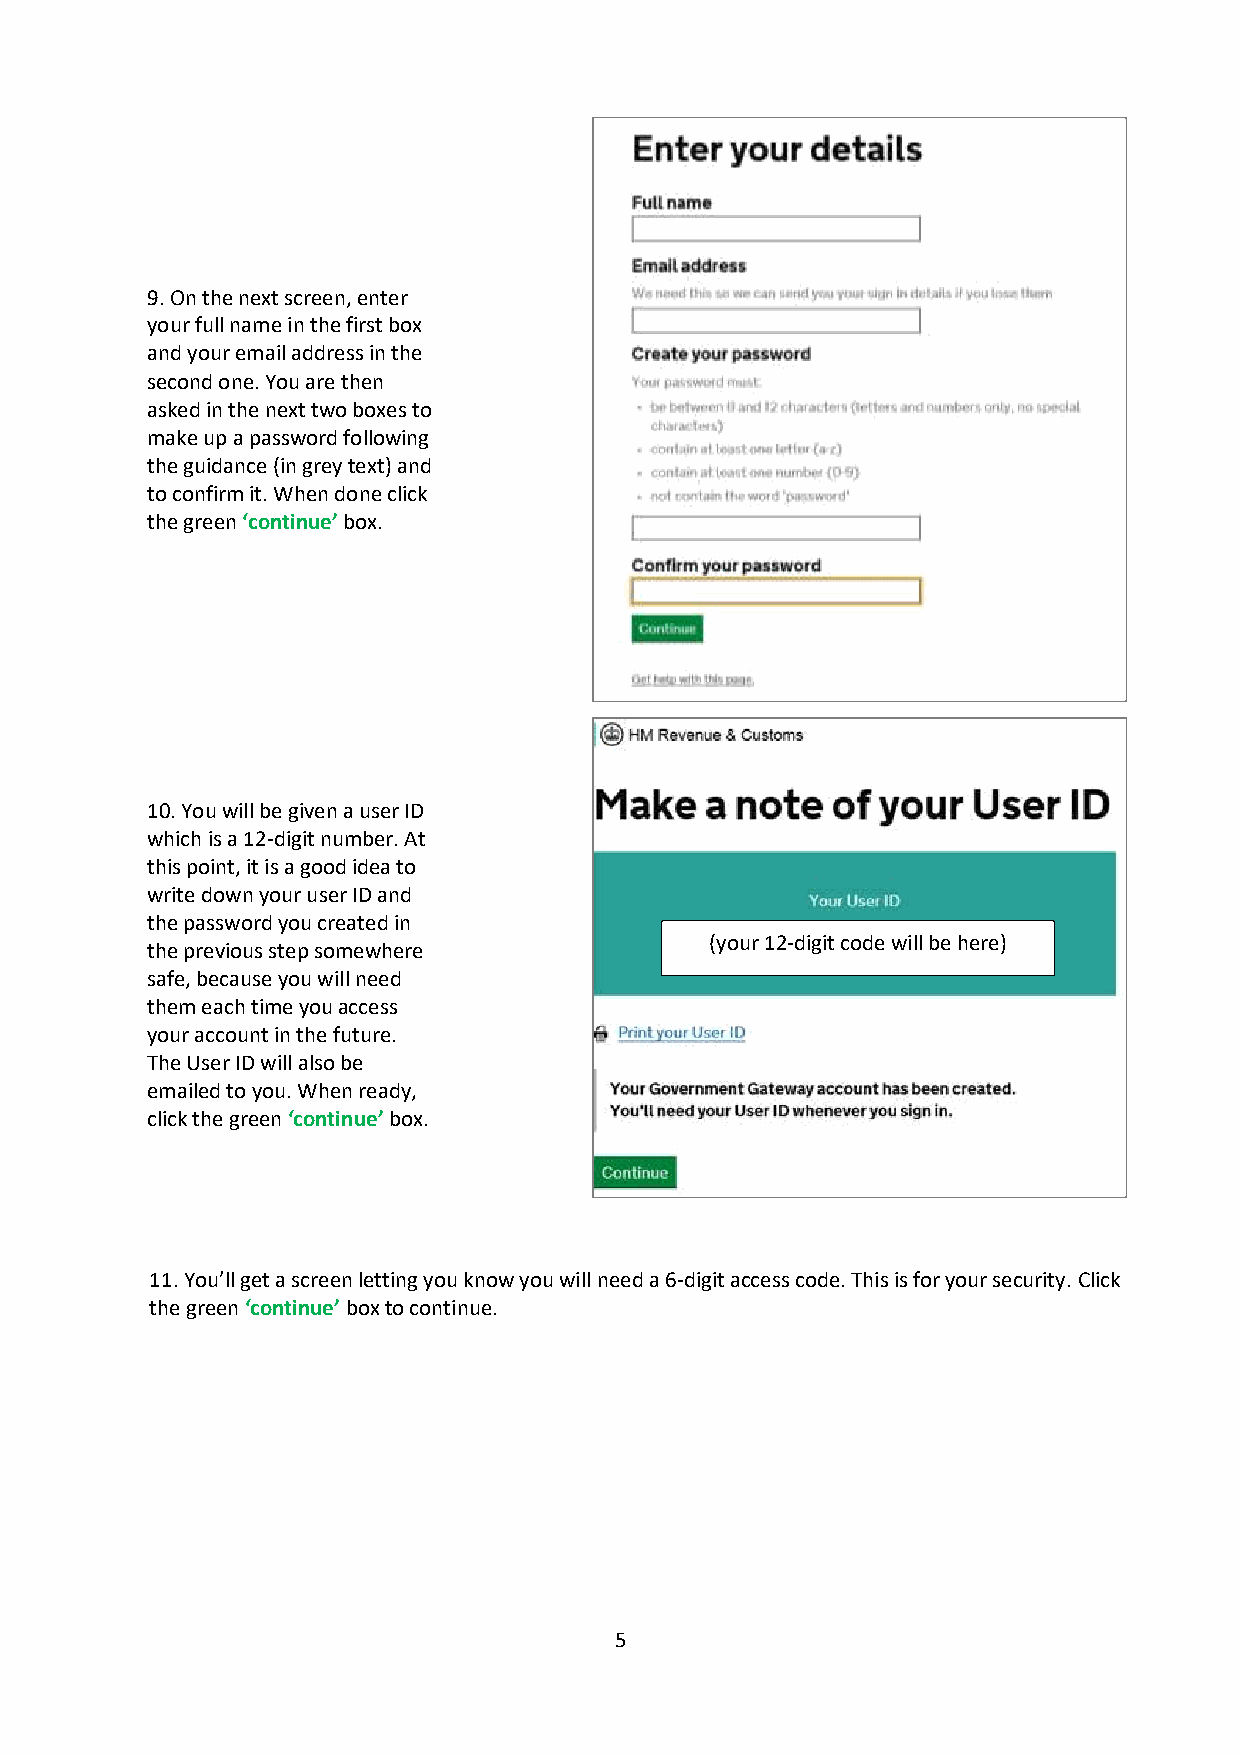
9. On the next screen, enter
 your full name in the first box
 and your email address in the
 second one. You are then
 asked in the next two boxes to
 make up a password following
 the guidance (in grey text) and
 to confirm it. When done click
 the green ‘continue’ box.
 10. You will be given a user ID
 which is a 12-digit number. At
 this point, it is a good idea to
 write down your user ID and
 the password you created in
 (your 12-digit code will be here)
 the previous step somewhere
 safe, because you will need
 them each time you access
 your account in the future.
 The User ID will also be
 emailed to you. When ready,
 click the green ‘continue’ box.
 11. You’ll get a screen letting you know you will need a 6-digit access code. This is for your security. Click
 the green ‘continue’ box to continue.
 5